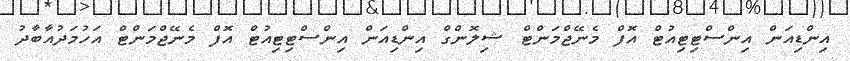
އިންޑިއަން އިންސްޓިޓިއުޓް އޮފް މެނޭޖްމަންޓް ޝިލޮންގް އިންޑިއަން އިންސްޓިޓިއުޓް އޮފް މެނޭޖްމަންޓް އަހުމަދުއާބާދު